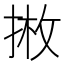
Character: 𱠇